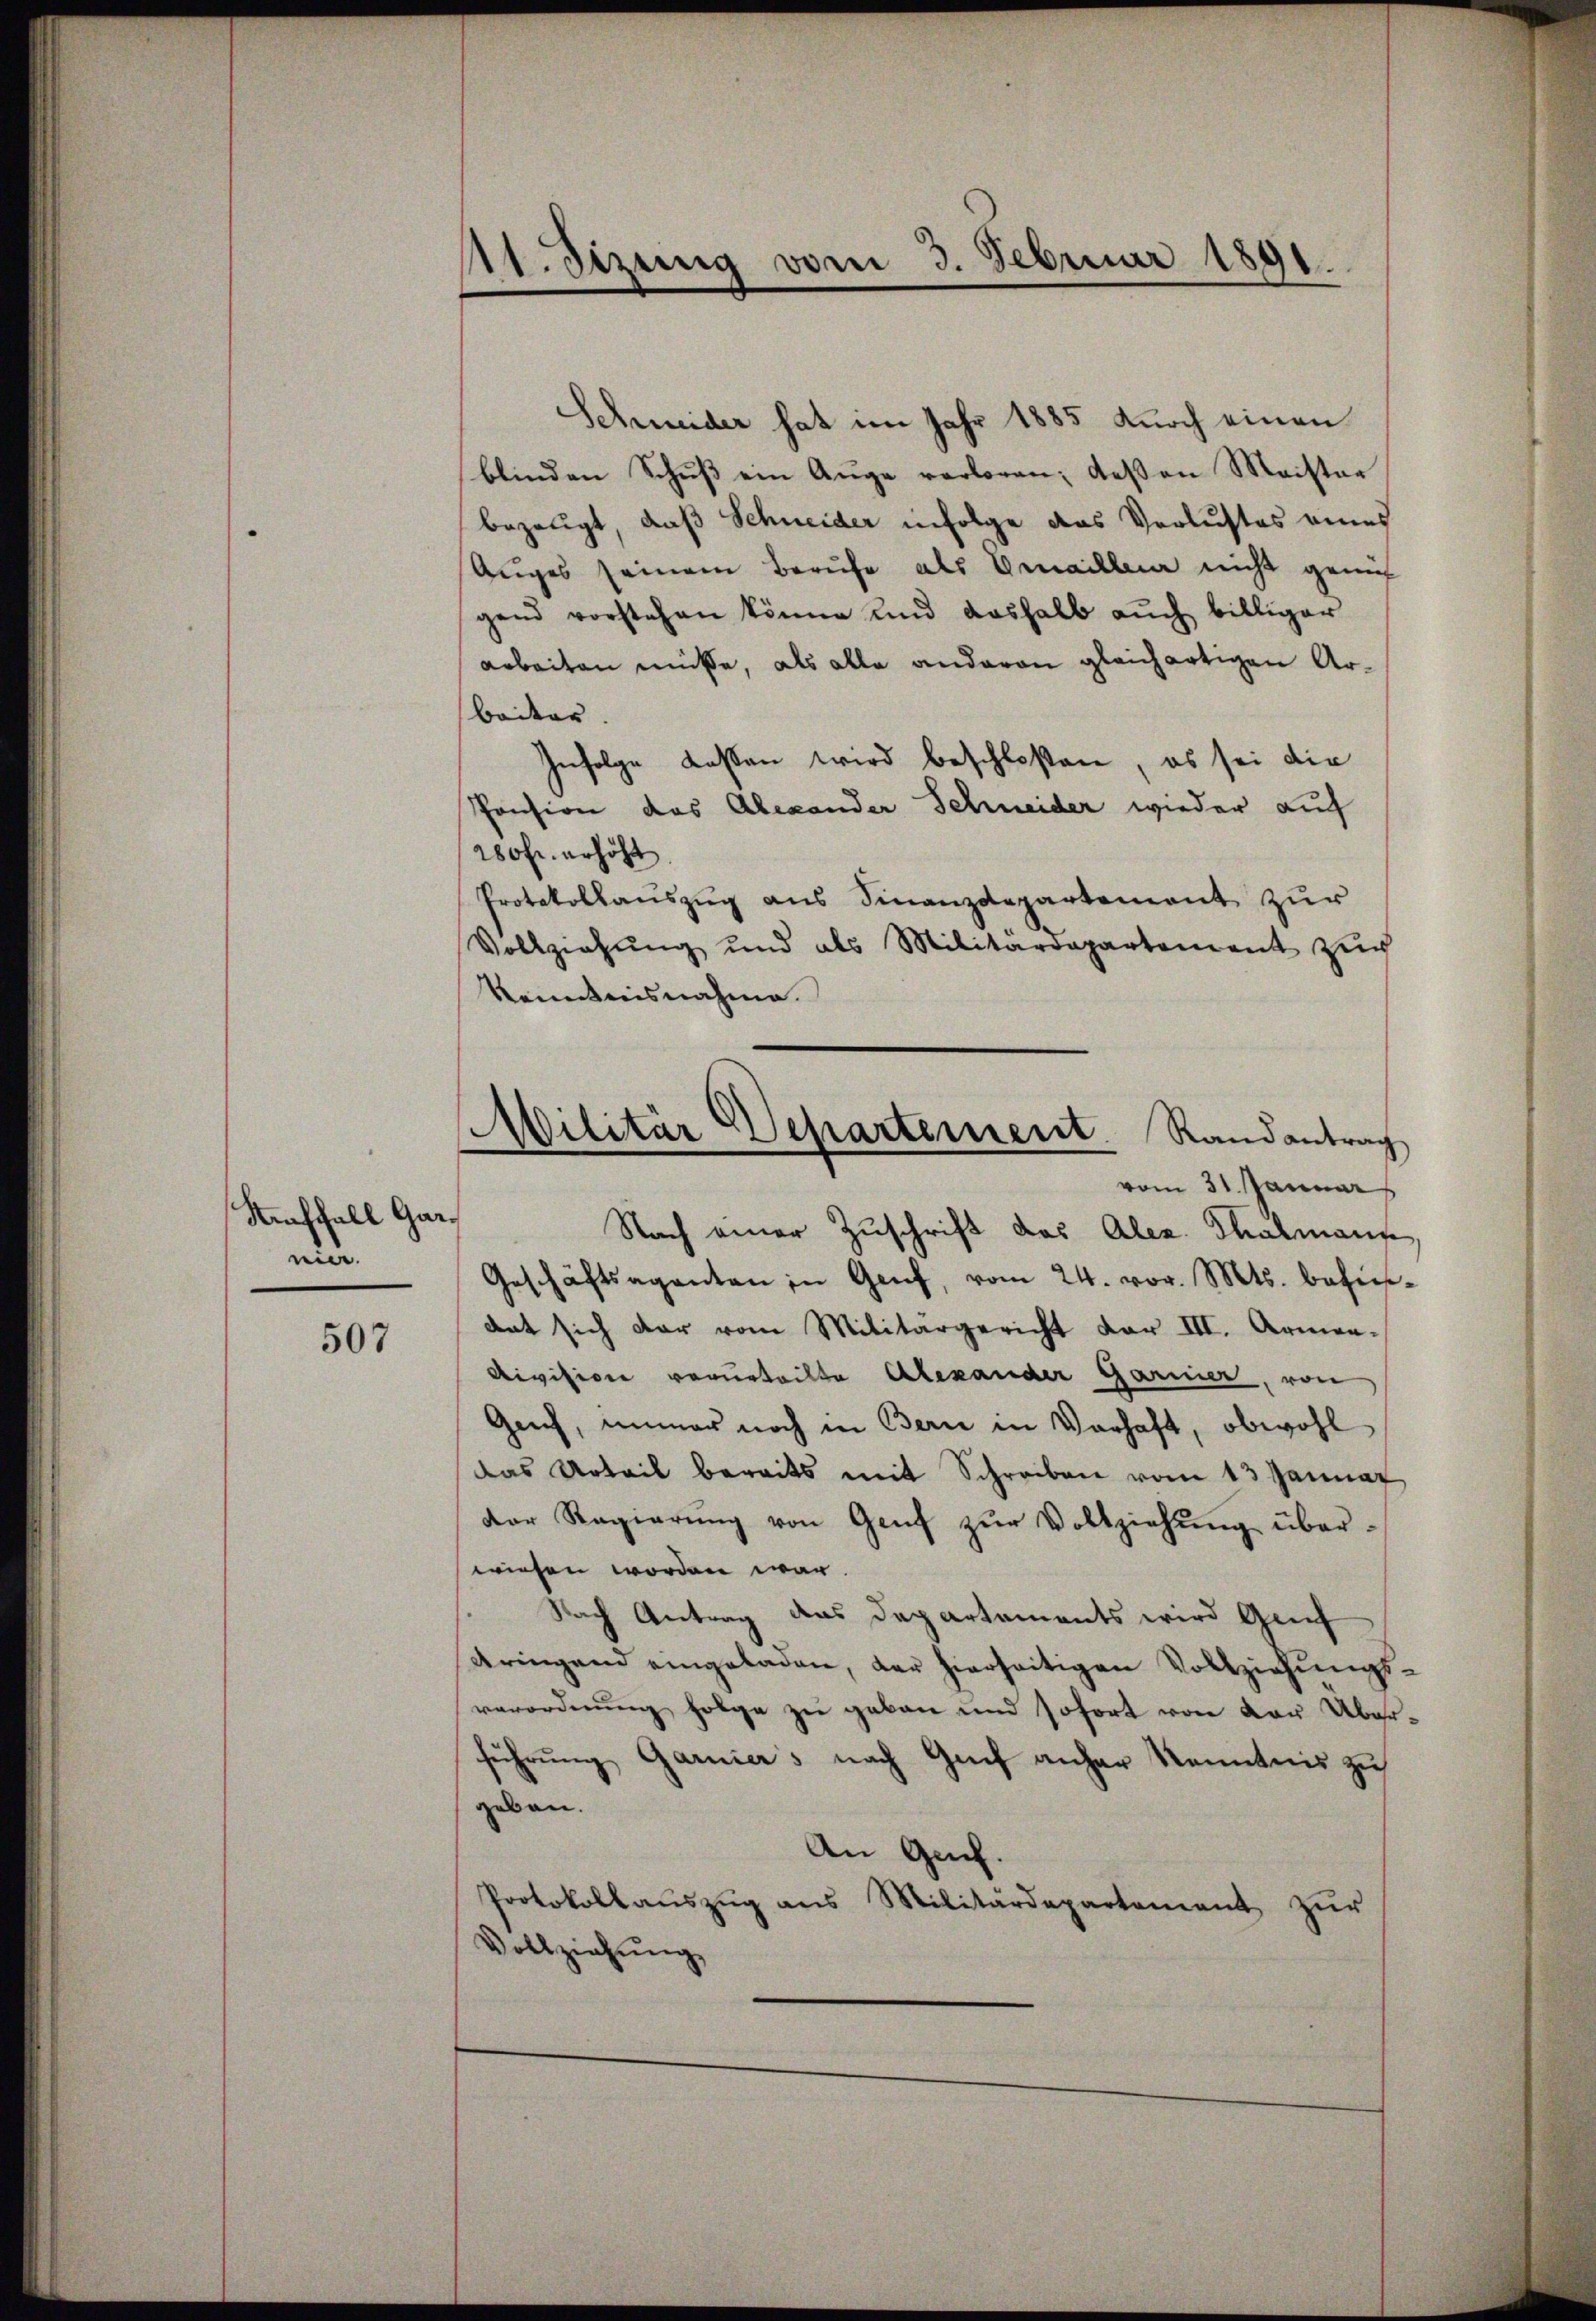
Straffall Garnie.

507

11. Sizung vom 3. Februar 1891.
I

Schneider hat im Jahr 1885 durch einen
blinden Schŭβ ein Auge verloren; deßen Maister
bezeugt, daß Schneider infolge das Verlustes eines
Auges seinem Berufe als Emailleur nicht geruf
gend vorstehen könne und deshalb auch billiger
arbeiten müsse, als alle anderen gleichartigen Arbeiter.
Infolge lassen wird beschloßen, es sei die
Pension das Alexander Schneider wieder auf
280fr. erhöht
Protokollaŭszŭg ans Finanzdepartement zŭr
Vollziehung und als Militärdepartement zŭr
Kenntnisnahme.
Nach einer Zuschrift das Aler. Thalmann
Geschäftsaganten in Genf, vom 24. vor. Mts. behiesant sich dar vom Militärgericht dar III. Armen-
Division verurteilte Alexander Garmer, von
Geich, immer noch in Bern in Verhaft, obwohl
Das Urteil bereits mit Schreiben vom 13. Januar
der Regierŭng von Genf zŭr Vollziehŭng über-
wiesen worden war.
Nach Antrag das Departements wird Genf
Aringend eingeladen, der hierseitigen Vollziehungs-
verordnung folge zu geben und sofort von der Überführung Garniers nach Genf anher Kenntnis zu
geben.
An Gach.
Protokollaŭszŭg ans Militärdepartement zŭr
Vollziehŭng

Militär Departement. Randantrag
vom 31. Januar